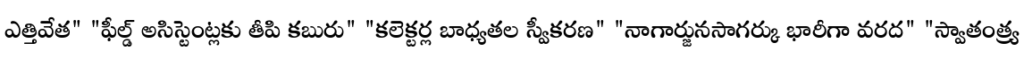
ఎత్తివేత" "ఫీల్డ్ అసిస్టెంట్లకు తీపి కబురు" "కలెక్టర్ల బాధ్యతల స్వీకరణ" "నాగార్జునసాగర్కు భారీగా వరద" "స్వాతంత్య్ర